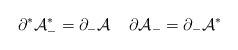
LaTeX: \begin{align*}\partial^* {\cal A}^*_- = \partial_- {\cal A} \;\;\;\; \partial{\cal A}_- = \partial_-{\cal A}^*\end{align*}